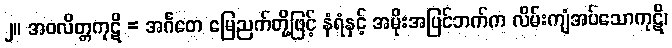
၂။ အဝလိတ္တကုဋိ = အင်္ဂတေ မြေညက်တို့ဖြင့် နံရံနှင့် အမိုးအပြင်ဘက်က လိမ်းကျံအပ်သောကုဋိ၊